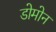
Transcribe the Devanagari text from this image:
डोमोन